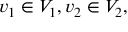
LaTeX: v _ { 1 } \in V _ { 1 } , v _ { 2 } \in V _ { 2 } ,